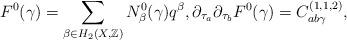
LaTeX: \begin{align*} F^0(\gamma) = \sum_{\beta \in H_2(X,\mathbb{Z})} N^0_{\beta}(\gamma) q^{\beta}, \partial_{\tau_a} \partial_{\tau_b} F^0(\gamma) = C^{(1,1,2)}_{ab\gamma},\end{align*}